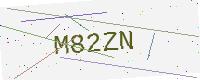
Text: M82ZN